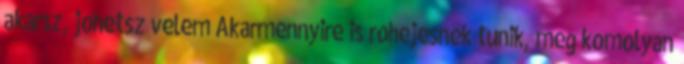
akarsz, johetsz velem Akarmennyire is rohejesnek tunik, meg komolyan